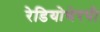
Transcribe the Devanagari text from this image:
रेडियोथेरपी